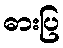
ဓားပြ